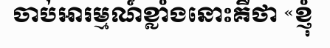
ចាប់អារម្មណ៍ខ្លាំងនោះគឺថា «ខ្ញុំ